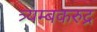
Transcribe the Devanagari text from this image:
त्र्यम्बकरुद्र